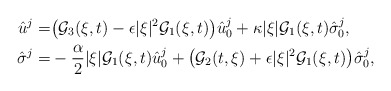
\begin{align*} \hat{u}^{j} =&{}\big(\mathcal{G}_3(\xi,t)-\epsilon|\xi|^2\mathcal{G}_1(\xi,t)\big)\hat{u}^{j}_0 +\kappa|\xi|\mathcal{G}_1(\xi,t)\hat{\sigma}^j_0,\\ \hat{\sigma}^j=&{}-\frac{\alpha}{2}|\xi|\mathcal{G}_1(\xi,t)\hat{u}^{j}_0 +\big(\mathcal{G}_2(t,\xi)+\epsilon|\xi|^2\mathcal{G}_1(\xi,t)\big)\hat{\sigma}^j_0, \end{align*}